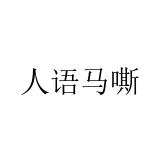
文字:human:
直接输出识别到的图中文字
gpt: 人语马嘶